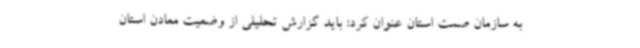
به سازمان صمت استان عنوان کرد: باید گزارش تحلیلی از وضعیت معادن استان